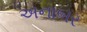
અનાબર